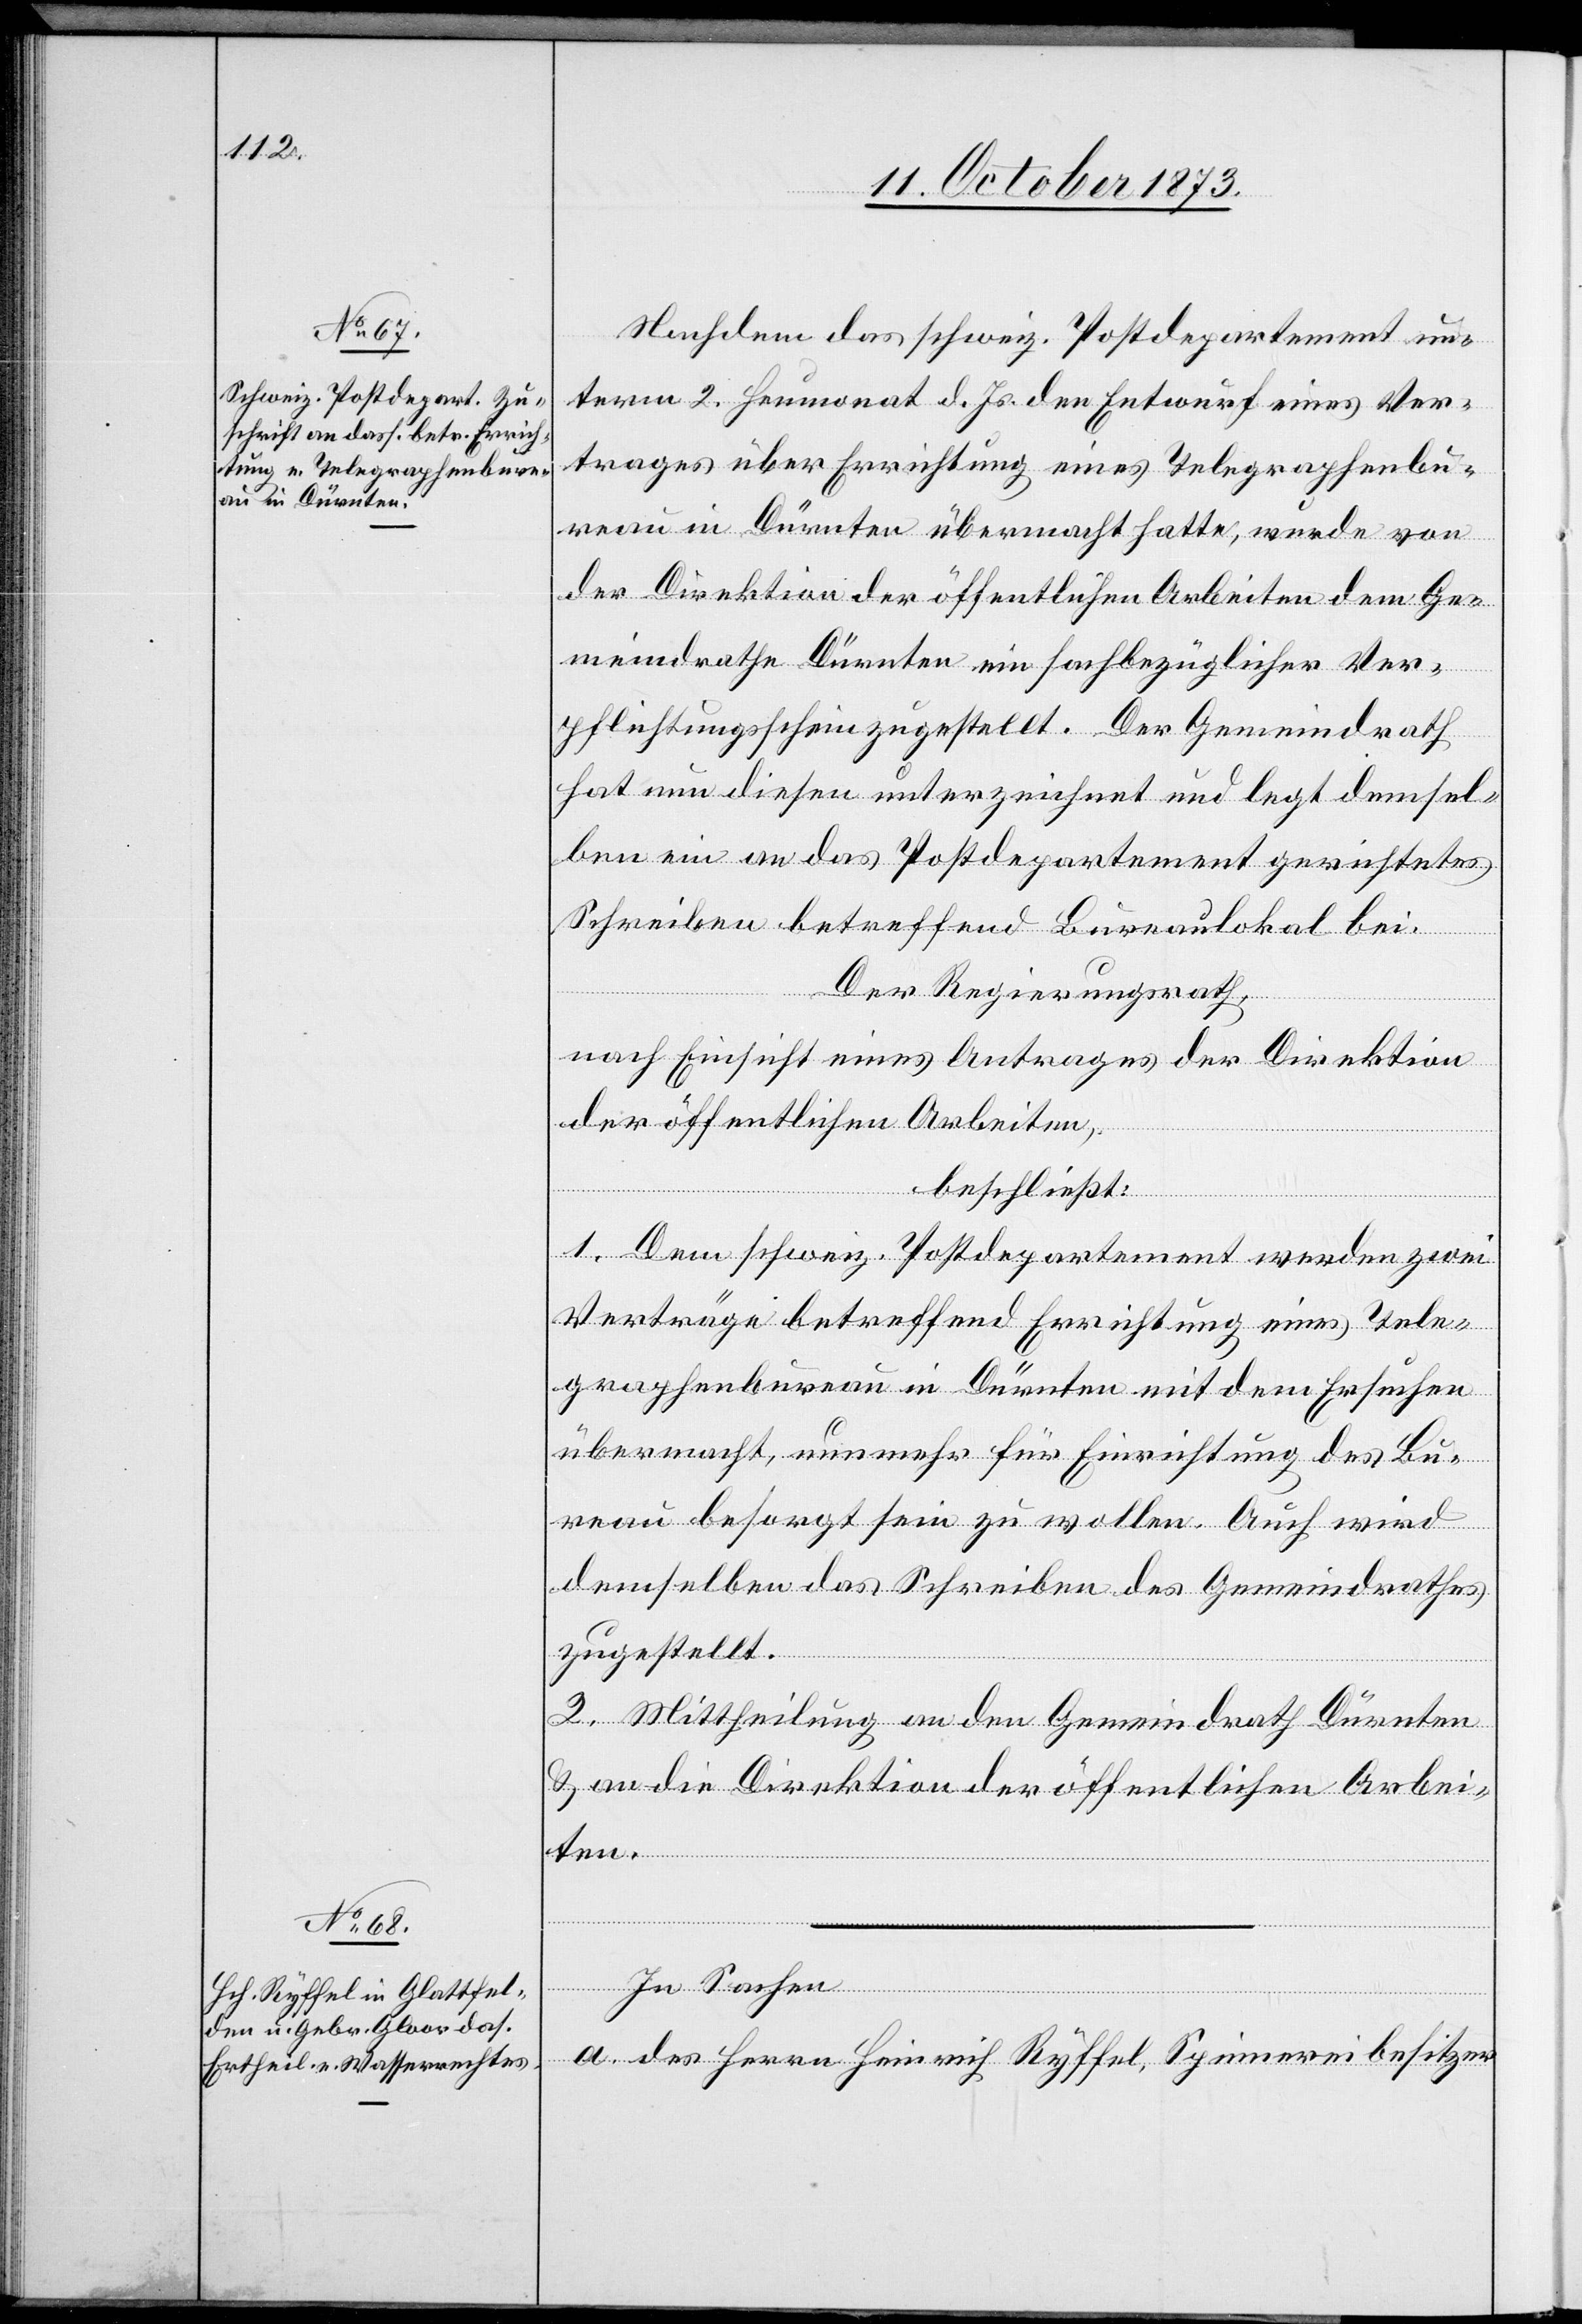
Nachdem das schweiz. Postdepartement un¬
term 2. Heumonat d. Js. den Entwurf eines Ver¬
trages über Errichtung eines Telegraphenbu¬
reau in Dürnten übermacht hatte, wurde von
der Direktion der öffentlichen Arbeiten dem Ge¬
meindrathe Dürnten ein sachbezüglicher Ver¬
pflichtungsschein zugestellt. Der Gemeindrath
hat nun diesen unterzeichnet und legt demsel¬
ben ein an das Postdepartement gerichtetes
Schreiben betreffend Bureaulokal bei.
Der Regierungsrath,
nach Einsicht eines Antrages der Direktion
der öffentlichen Arbeiten,
beschließt:
1. Dem schweiz. Postdepartement werden zwei
Verträge betreffend Errichtung eines Tele¬
graphenbureau in Dürnten mit dem Ersuchen
übermacht, numehr für Einrichtung des Bu¬
reau besorgt sein zu wollen. Auch wird
demselben das Schreiben des Gemeindrathes
zugestellt.
2. Mittheilung an den Gemeindrath Dürnten
& an die Direktion der öffentlichen Arbei¬
ten.